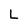
Character: L